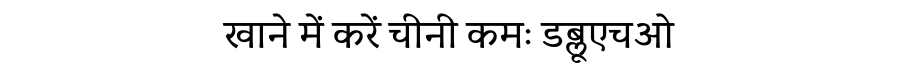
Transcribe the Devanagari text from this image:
खाने में करें चीनी कमः डब्लूएचओ